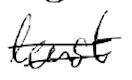
Text: least
Cross-out: double-line
Writing tool: digital_black